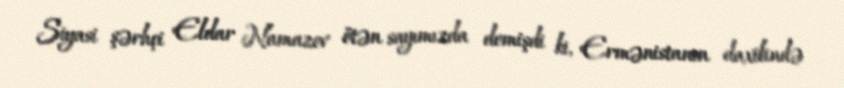
Siyasi şərhçi Eldar Namazov ötən sayımızda demişdi ki, Ermənistanın daxilində